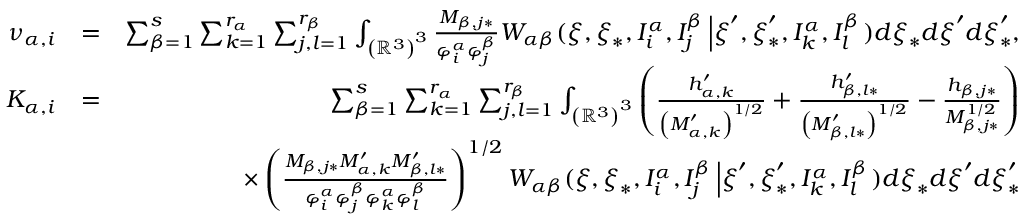
\begin{array} { r l r } { \nu _ { \alpha , i } } & { = } & { \sum _ { \beta = 1 } ^ { s } \sum _ { k = 1 } ^ { r _ { \alpha } } \sum _ { j , l = 1 } ^ { r _ { \beta } } \int _ { \left( \mathbb { R } ^ { 3 } \right) ^ { 3 } } \frac { M _ { \beta , j \ast } } { \varphi _ { i } ^ { \alpha } \varphi _ { j } ^ { \beta } } W _ { \alpha \beta } ( \boldsymbol { \xi } , \boldsymbol { \xi } _ { \ast } , I _ { i } ^ { \alpha } , I _ { j } ^ { \beta } \left\vert \boldsymbol { \xi } ^ { \prime } , \boldsymbol { \xi } _ { \ast } ^ { \prime } , I _ { k } ^ { \alpha } , I _ { l } ^ { \beta } \right. ) d \boldsymbol { \xi } _ { \ast } d \boldsymbol { \xi } ^ { \prime } d \boldsymbol { \xi } _ { \ast } ^ { \prime } \mathrm { , } } \\ { K _ { \alpha , i } } & { = } & { \sum _ { \beta = 1 } ^ { s } \sum _ { k = 1 } ^ { r _ { \alpha } } \sum _ { j , l = 1 } ^ { r _ { \beta } } \int _ { \left( \mathbb { R } ^ { 3 } \right) ^ { 3 } } \left( \frac { h _ { \alpha , k } ^ { \prime } } { \left( M _ { \alpha , k } ^ { \prime } \right) ^ { 1 / 2 } } + \frac { h _ { \beta , l \ast } ^ { \prime } } { \left( M _ { \beta , l \ast } ^ { \prime } \right) ^ { 1 / 2 } } - \frac { h _ { \beta , j \ast } } { M _ { \beta , j \ast } ^ { 1 / 2 } } \right) } \\ & { } & { \times \left( \frac { M _ { \beta , j \ast } M _ { \alpha , k } ^ { \prime } M _ { \beta , l \ast } ^ { \prime } } { \varphi _ { i } ^ { \alpha } \varphi _ { j } ^ { \beta } \varphi _ { k } ^ { \alpha } \varphi _ { l } ^ { \beta } } \right) ^ { 1 / 2 } W _ { \alpha \beta } ( \boldsymbol { \xi } , \boldsymbol { \xi } _ { \ast } , I _ { i } ^ { \alpha } , I _ { j } ^ { \beta } \left\vert \boldsymbol { \xi } ^ { \prime } , \boldsymbol { \xi } _ { \ast } ^ { \prime } , I _ { k } ^ { \alpha } , I _ { l } ^ { \beta } \right. ) d \boldsymbol { \xi } _ { \ast } d \boldsymbol { \xi } ^ { \prime } d \boldsymbol { \xi } _ { \ast } ^ { \prime } } \end{array}